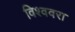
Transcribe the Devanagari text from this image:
विश्ववरा